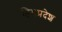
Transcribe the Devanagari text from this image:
हिमप्रदेश